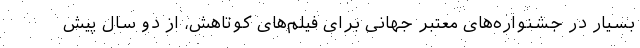
بسیار در جشنواره‌های معتبر جهانی برای فیلم‌های کوتاهش، از دو سال پیش